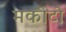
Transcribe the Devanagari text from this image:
मकोटो